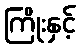
ကြိုးနှင့်